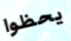
يحظوا